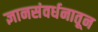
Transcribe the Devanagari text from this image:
ज्ञानसंवर्धनातून